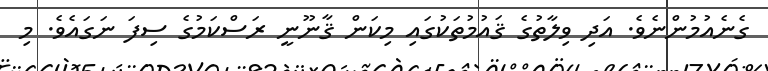
ގެނެއުމުންނެވެ. އަދި ވިލާތުގެ ޤައުމުތަކުގައި މިކަން ޤާނޫނީ ރަސްކަމުގެ ސިފަ ނަގައެވެ. މި